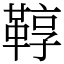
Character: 鞟